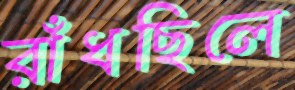
রাঁধছিলে